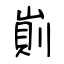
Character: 崱